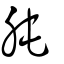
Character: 肫